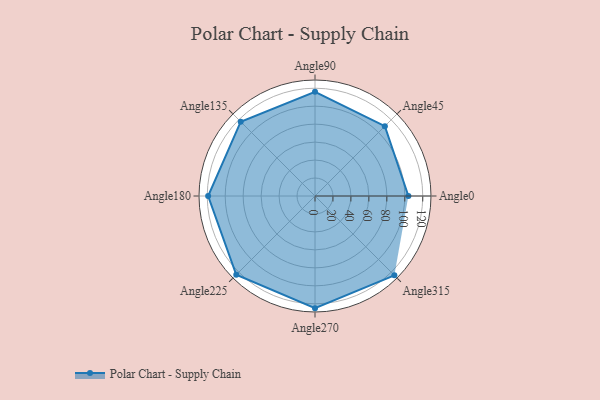
{"axis": {"x": "Angle", "y": "Radius"}, "legend": [""], "data": [{"x": "Angle0", "y": 104.0, "type": ""}, {"x": "Angle45", "y": 110.0, "type": ""}, {"x": "Angle90", "y": 116.0, "type": ""}, {"x": "Angle135", "y": 117.0, "type": ""}, {"x": "Angle180", "y": 119.0, "type": ""}, {"x": "Angle225", "y": 124.0, "type": ""}, {"x": "Angle270", "y": 125.0, "type": ""}, {"x": "Angle315", "y": 125.0, "type": ""}]}